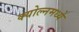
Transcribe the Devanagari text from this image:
क्योल्नमध्ये